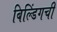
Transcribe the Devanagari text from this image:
बिल्डिंगची